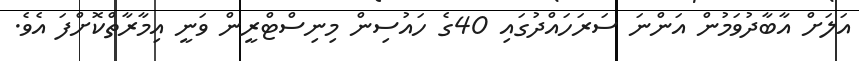
އަލަަށް އާބާދުވަމުން އަންނަ ސަރަހައްދުގައި 40ގެ ހައުސިން މިނިސްޓްރީން ވަނީ އިމާރާތްކޮށްފަ އެވެ.